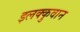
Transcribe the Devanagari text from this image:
इलक्कुवान